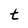
Character: t